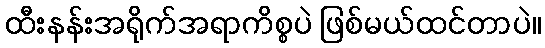
ထီးနန်းအရိုက်အရာကိစ္စပဲ ဖြစ်မယ်ထင်တာပဲ။